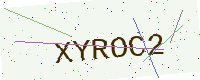
Text: XYROC2